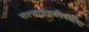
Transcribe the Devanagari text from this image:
सत्याग्रहाविषयीचा